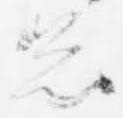
怠